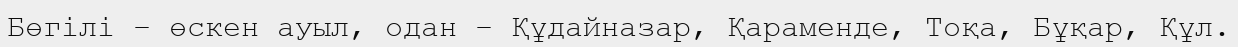
Бөгілі – өскен ауыл, одан – Құдайназар, Қараменде, Тоқа, Бұқар, Құл.